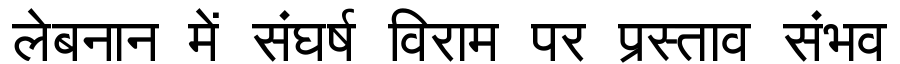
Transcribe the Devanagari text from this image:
लेबनान में संघर्ष विराम पर प्रस्ताव संभव